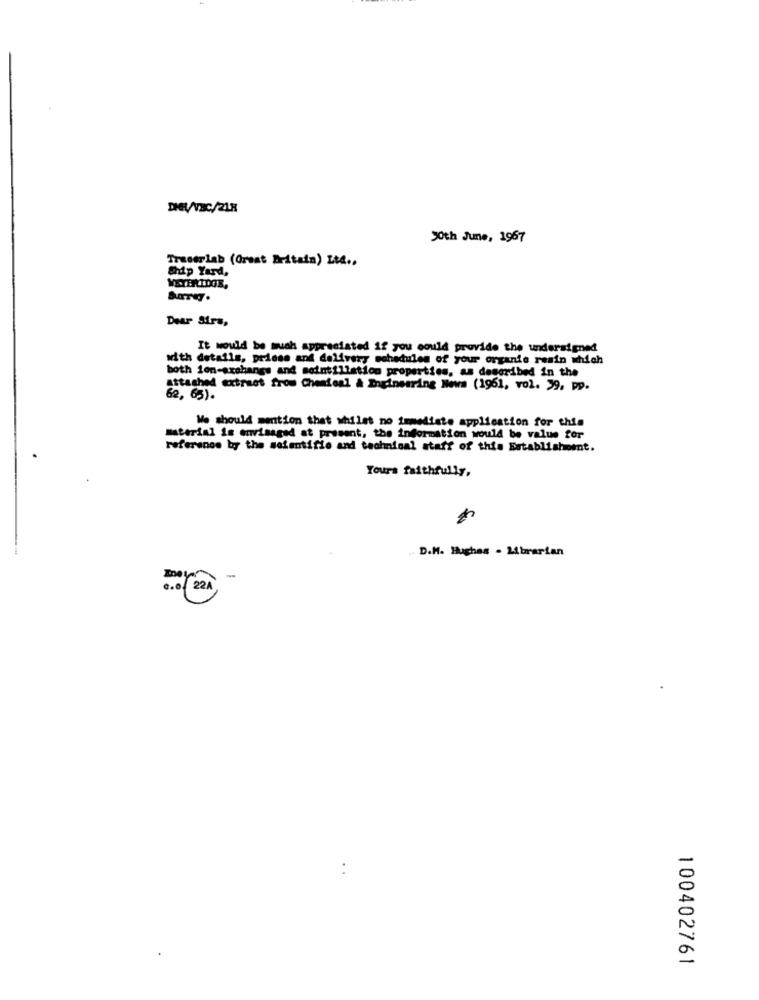
DHL/VBC/218
30th June, 1967
Traserlab (Great Britain) Lt4 ..
Ship Yard,
MEYERIDGE,
Dear Sirs,
It would be much appreciated if you could provide the undersigned
with details, priess and delivery schedules of your organie resin which
both ion-exchange and solutillation properties, as described in the
attached extraet from Chemical & Engineering News (1961, vol. 39, pp.
62, 65).
We should mention that whilet no immediate application for this
material is envisaged at present, the information would be value for
referanos by the solentifie and technical staff of this Establishment.
Yours faithfully,
. D.H. Hughes - Librarian
-
22A
100402761